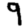
Digit: 9